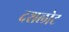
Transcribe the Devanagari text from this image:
दशलोट